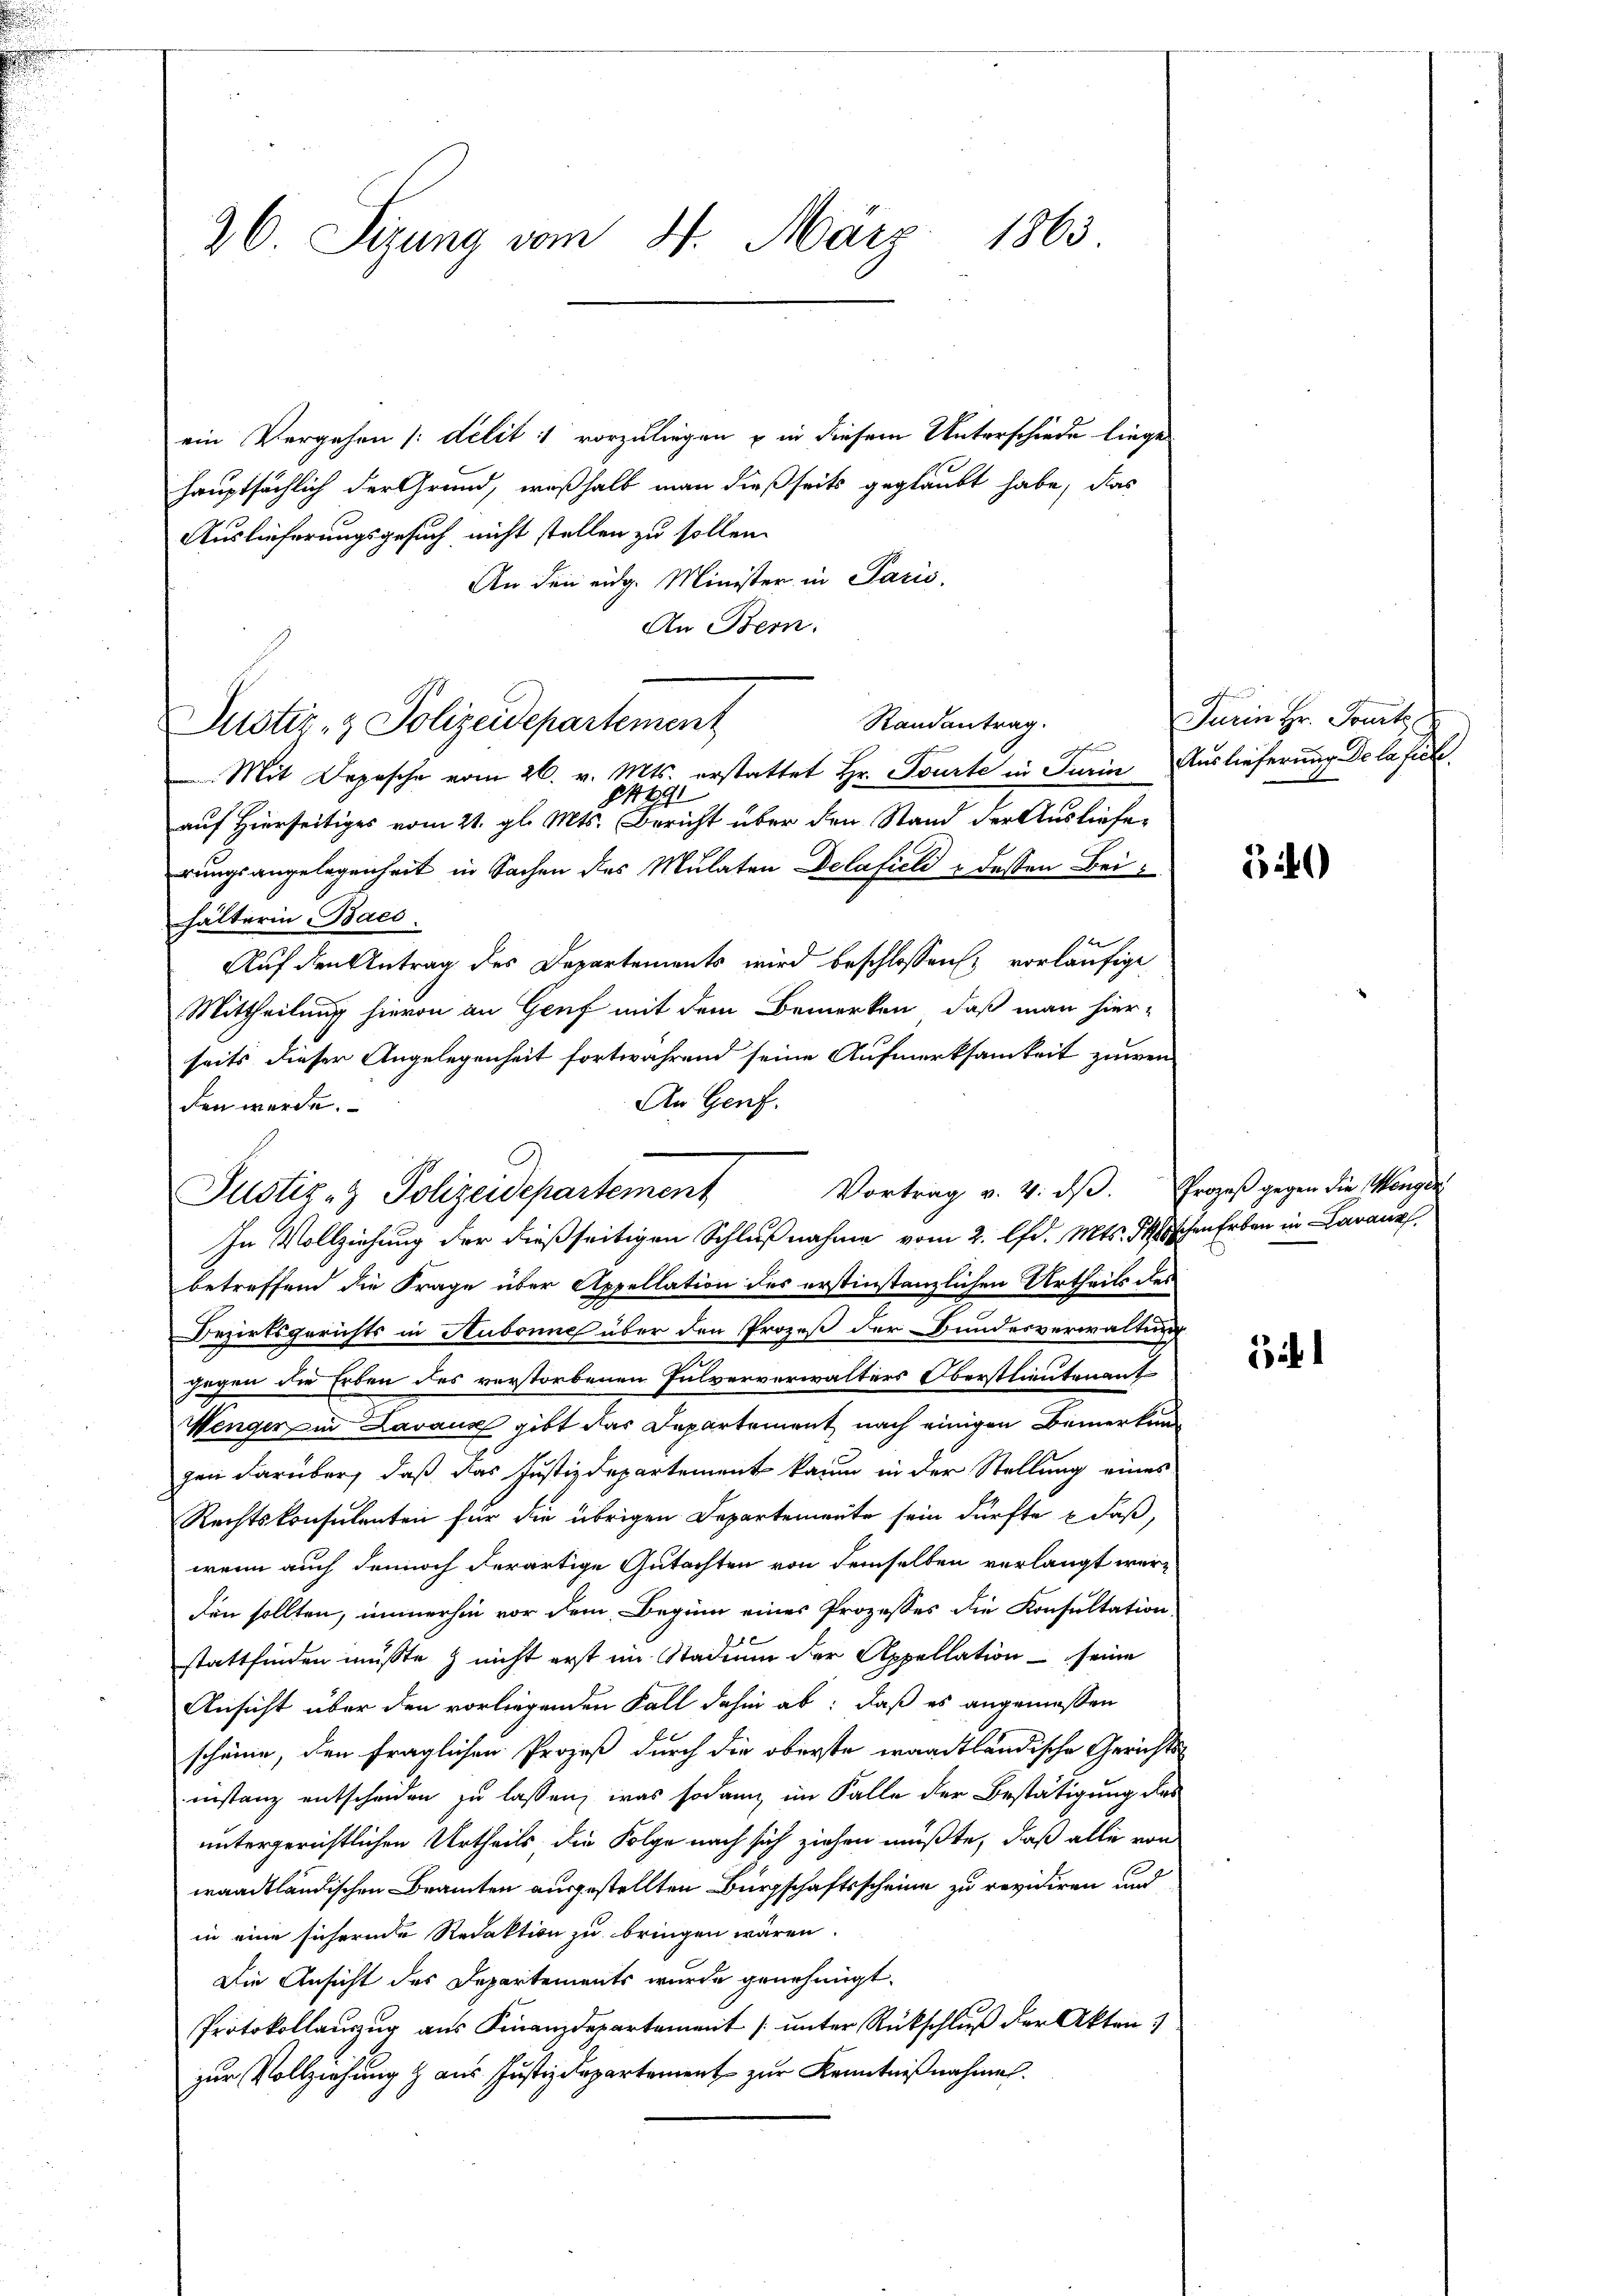
26. Sizung vom 4. März 1863

ein Vergehen [delit: vorzuliegen u in diesem Unterschiede liege
hauptsächlich der Grund, weßhalb man dießseits geglaubt habe, das
Auslieferungsgesuch nicht stellen zu sollen.
An den eidg. Minister in Paris.
An Bern.
Randantrag.
ichen
Mit Depesche vom 26. v. Mts. erstattet Hr. Tourte in Turin Auslieferung De la fich
849
auf Hierseitiges vom 21. gl. Mts. Bericht über den Stand der Auslieferungsangelegenheit in Sachen des Mulaten Delafieli & dessen Beihälterin Bacs
b
Auf den Antrag des Departements wird beschlossen; vorläufige
Mittheilung hievon an Genf mit dem Bemerken, daß man hier-
seits dieser Angelegenheit fortwährend seine Aufmerksamkeit zuwen
An Genf.
den werde.
In Vollziehung der dießseitigen Schlußnahme vom 2. lfd. Mts. Tischen Erben in Darauf
betreffend die Frage über Appellation des erstinstanzlichen Urtheils des
Bezirksgerichts in Aubonne über den Prozeß der Bundesverwaltung
Gegen die Erben des verstorbenen Fulververwalters Oberstlieutenant
Wenger in Lavaux gibt das Departement nach einigen Bemerkung
gen darüber, daß das Justizdepartement kaum in der Stellung eines
Rechtskonsulenten für die übrigen Departemente sein dürfte u Faß,
wenn auch dennoch derartige Gutachten von demselben verlangt werden sollten, immerhin vor dem Beginn einer Prozesses die Konsultation
stattfinden musste & nicht erst im Stadium der Appellation seine
Ansicht über den vorliegenden Fall dahin ab: daß es angemessen
schäme, den fraglichen Prozeß durch die oberste waadtländische Gerichts-
instanz entscheiden zu lassen, was sodann im Falle der Bestätigung des
untergerichtlichen Urtheils die Folge nach sich ziehen müßte, daß alle von
waadtländischen Branten ausgestellten Bürgschaftsscheine zu revidiren und
in eine sichernde Redaktion zu bringen wären.
Die Ansicht des Departements wurde genehmigt.
Protokollauszug aus Finanzdepartament / ŭnter Rückschluß der Akten.
zur Vollziehung & aus Justizdepartement zur Kenntnißnahmen.

Justiz- & Polizeidepartement

Vortrag v. 4. dβ. Prozeß gegen die Wang
Justiz- & Polizeidepartement

Turin Hr. Tout

340

Bibl